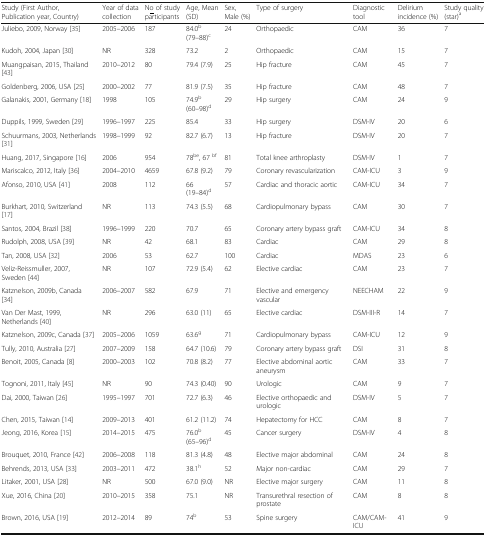
<table><thead><tr><td><b>Study (First Author, Publication year, Country)</b></td><td><b>Year of data collection</b></td><td><b>N<underline>o</underline> of study participants</b></td><td><b>Age, Mean (SD)</b></td><td><b>Sex, Male (%)</b></td><td><b>Type of surgery</b></td><td><b>Diagnostic tool</b></td><td><b>Delirium incidence (%)</b></td><td><b>Study quality (star)<sup>a</sup></b></td></tr></thead><tbody><tr><td>Juliebo, 2009, Norway [35]</td><td>2005–2006</td><td>187</td><td>84.0<sup>b</sup> (79–88)<sup>c</sup></td><td>24</td><td>Orthopaedic</td><td>CAM</td><td>36</td><td>7</td></tr><tr><td>Kudoh, 2004, Japan [30]</td><td>NR</td><td>328</td><td>73.2</td><td>2</td><td>Orthopaedic</td><td>CAM</td><td>15</td><td>7</td></tr><tr><td>Muangpaisan, 2015, Thailand [43]</td><td>2010–2012</td><td>80</td><td>79.4 (7.9)</td><td>25</td><td>Hip fracture</td><td>CAM</td><td>45</td><td>7</td></tr><tr><td>Goldenberg, 2006, USA [25]</td><td>2000–2002</td><td>77</td><td>81.9 (7.5)</td><td>35</td><td>Hip fracture</td><td>CAM</td><td>48</td><td>7</td></tr><tr><td>Galanakis, 2001, Germany [18]</td><td>1998</td><td>105</td><td>74.9<sup>b</sup> (60–98)<sup>d</sup></td><td>29</td><td>Hip surgery</td><td>CAM</td><td>24</td><td>9</td></tr><tr><td>Duppils, 1999, Sweden [29]</td><td>1996–1997</td><td>225</td><td>85.4</td><td>33</td><td>Hip surgery</td><td>DSM-IV</td><td>20</td><td>6</td></tr><tr><td>Schuurmans, 2003, Netherlands [31]</td><td>1998–1999</td><td>92</td><td>82.7 (6.7)</td><td>13</td><td>Hip fracture</td><td>DSM-IV</td><td>20</td><td>7</td></tr><tr><td>Huang, 2017, Singapore [16]</td><td>2006</td><td>954</td><td>78<sup>be</sup>, 67 <sup>bf</sup></td><td>81</td><td>Total knee arthroplasty</td><td>DSM-IV</td><td>1</td><td>7</td></tr><tr><td>Mariscalco, 2012, Italy [36]</td><td>2004–2010</td><td>4659</td><td>67.8 (9.2)</td><td>79</td><td>Coronary revascularization</td><td>CAM-ICU</td><td>3</td><td>9</td></tr><tr><td>Afonso, 2010, USA [41]</td><td>2008</td><td>112</td><td>66 (19–84)<sup>d</sup></td><td>57</td><td>Cardiac and thoracic aortic</td><td>CAM-ICU</td><td>34</td><td>7</td></tr><tr><td>Burkhart, 2010, Switzerland [17]</td><td>NR</td><td>113</td><td>74.3 (5.5)</td><td>68</td><td>Cardiopulmonary bypass</td><td>CAM</td><td>30</td><td>7</td></tr><tr><td>Santos, 2004, Brazil [38]</td><td>1996–1999</td><td>220</td><td>70.7</td><td>65</td><td>Coronary artery bypass graft</td><td>CAM-ICU</td><td>34</td><td>8</td></tr><tr><td>Rudolph, 2008, USA [39]</td><td>NR</td><td>42</td><td>68.1</td><td>83</td><td>Cardiac</td><td>CAM</td><td>29</td><td>8</td></tr><tr><td>Tan, 2008, USA [32]</td><td>2006</td><td>53</td><td>62.7</td><td>100</td><td>Cardiac</td><td>MDAS</td><td>23</td><td>6</td></tr><tr><td>Veliz-Reissmuller, 2007, Sweden [44]</td><td>NR</td><td>107</td><td>72.9 (5.4)</td><td>62</td><td>Elective cardiac</td><td>CAM</td><td>23</td><td>7</td></tr><tr><td>Katznelson, 2009b, Canada [34]</td><td>2006–2007</td><td>582</td><td>67.9</td><td>71</td><td>Elective and emergency vascular</td><td>NEECHAM</td><td>22</td><td>9</td></tr><tr><td>Van Der Mast, 1999, Netherlands [40]</td><td>NR</td><td>296</td><td>63.0 (11)</td><td>65</td><td>Elective cardiac</td><td>DSM-III-R</td><td>14</td><td>7</td></tr><tr><td>Katznelson, 2009c, Canada [37]</td><td>2005–2006</td><td>1059</td><td>63.6<sup>g</sup></td><td>71</td><td>Cardiopulmonary bypass</td><td>CAM-ICU</td><td>12</td><td>9</td></tr><tr><td>Tully, 2010, Australia [27]</td><td>2007–2009</td><td>158</td><td>64.7 (10.6)</td><td>79</td><td>Coronary artery bypass graft</td><td>DSI</td><td>31</td><td>8</td></tr><tr><td>Benoit, 2005, Canada [8]</td><td>2000–2003</td><td>102</td><td>70.8 (8.2)</td><td>77</td><td>Elective abdominal aortic aneurysm</td><td>CAM</td><td>33</td><td>7</td></tr><tr><td>Tognoni, 2011, Italy [45]</td><td>NR</td><td>90</td><td>74.3 (0.40)</td><td>90</td><td>Urologic</td><td>CAM</td><td>9</td><td>7</td></tr><tr><td>Dai, 2000, Taiwan [26]</td><td>1995–1997</td><td>701</td><td>72.7 (6.3)</td><td>46</td><td>Elective orthopaedic and urologic</td><td>DSM-IV</td><td>5</td><td>7</td></tr><tr><td>Chen, 2015, Taiwan [14]</td><td>2009–2013</td><td>401</td><td>61.2 (11.2)</td><td>74</td><td>Hepatectomy for HCC</td><td>CAM</td><td>8</td><td>7</td></tr><tr><td>Jeong, 2016, Korea [15]</td><td>2014–2015</td><td>475</td><td>76.0<sup>b</sup>(65–96)<sup>d</sup></td><td>45</td><td>Cancer surgery</td><td>DSM-IV</td><td>4</td><td>8</td></tr><tr><td>Brouquet, 2010, France [42]</td><td>2006–2008</td><td>118</td><td>81.3 (4.8)</td><td>48</td><td>Elective major abdominal</td><td>CAM</td><td>24</td><td>8</td></tr><tr><td>Behrends, 2013, USA [33]</td><td>2003–2011</td><td>472</td><td>38.1<sup>h</sup></td><td>52</td><td>Major non-cardiac</td><td>CAM</td><td>29</td><td>7</td></tr><tr><td>Litaker, 2001, USA [28]</td><td>NR</td><td>500</td><td>67.0 (9.0)</td><td>NR</td><td>Elective major surgery</td><td>CAM</td><td>11</td><td>8</td></tr><tr><td>Xue, 2016, China [20]</td><td>2010–2015</td><td>358</td><td>75.1</td><td>NR</td><td>Transurethral resection of prostate</td><td>CAM</td><td>8</td><td>8</td></tr><tr><td>Brown, 2016, USA [19]</td><td>2012–2014</td><td>89</td><td>74<sup>b</sup></td><td>53</td><td>Spine surgery</td><td>CAM/CAM-ICU</td><td>41</td><td>9</td></tr></tbody></table>